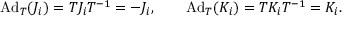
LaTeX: \mathrm { A d } _ { T } ( J _ { i } ) = T J _ { i } T ^ { - 1 } = - J _ { i } , \qquad \mathrm { A d } _ { T } ( K _ { i } ) = T K _ { i } T ^ { - 1 } = K _ { i } .